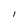
Character: I